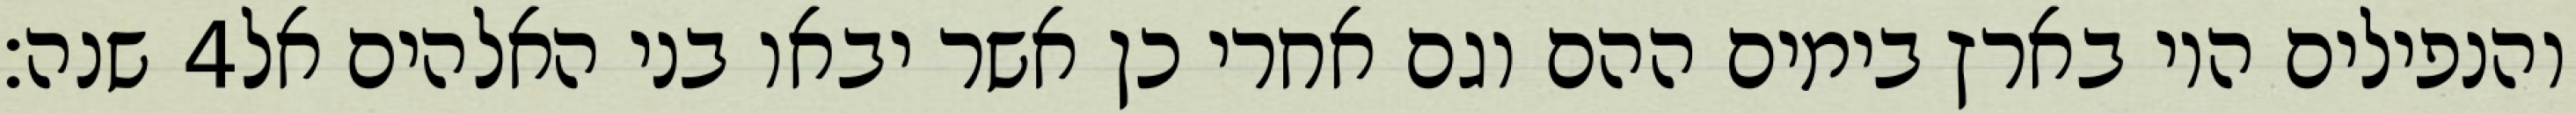
שנה׃ ‎4‏ והנפילים היו בארץ בימים ההם וגם אחרי כן אשר יבאו בני האלהים אל